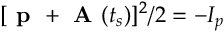
[ \textbf { p } + \textbf { A } ( t _ { s } ) ] ^ { 2 } / 2 = - I _ { p }